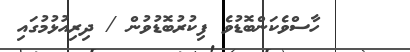
ހާސްވެކަންބޮޑުވެ ފިކުރުބޮޑުވުން / ދިރިއުޅުމުގައި